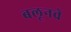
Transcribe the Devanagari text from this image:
बलूनचे